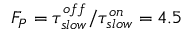
F _ { P } = \tau _ { s l o w } ^ { o f f } / \tau _ { s l o w } ^ { o n } = 4 . 5